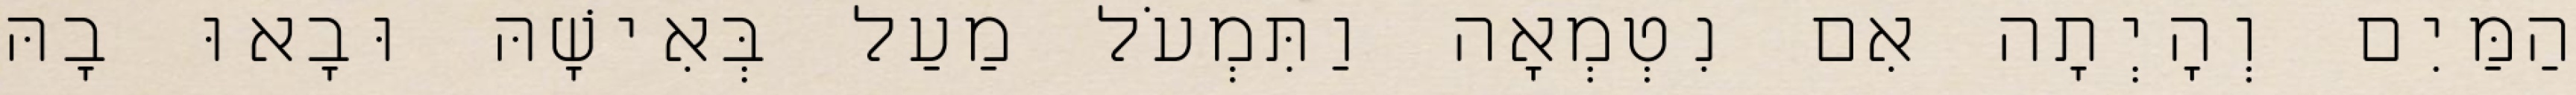
הַמַּיִם וְהָיְתָה אִם נִטְמְאָה וַתִּמְעֹל מַעַל בְּאִישָׁהּ וּבָאוּ בָהּ